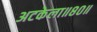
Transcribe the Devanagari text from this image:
अटकेला॥८०॥